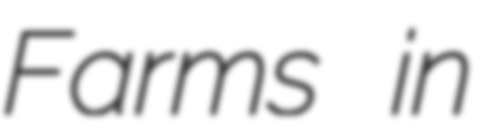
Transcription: Farms in